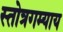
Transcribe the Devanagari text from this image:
स्तोत्रगम्याय